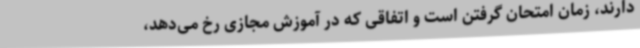
دارند، زمان امتحان گرفتن است و اتفاقی که در آموزش مجازی رخ می‌دهد،